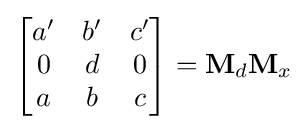
{\begin{bmatrix}a'&b'&c'\\0&d&0\\a&b&c\end{bmatrix}}=\mathbf {M} _{d}\mathbf {M} _{x}